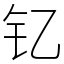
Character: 钇